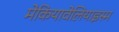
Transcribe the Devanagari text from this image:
मेकियावेलियाइस्म